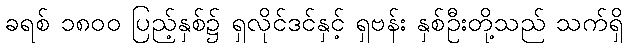
ခရစ် ၁၈၀၀ ပြည့်နှစ်၌ ရှလိုင်ဒင်နှင့် ရှဗန်း နှစ်ဦးတို့သည် သက်ရှိ